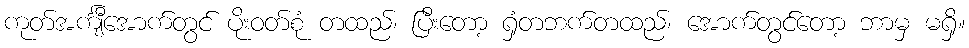
ကုတ်အင်္ကျီအောက်တွင် ပိုးဝတ်စုံ တထည်၊ ပြီးတော့ ရှံတဘက်တထည်၊ အောက်တွင်တော့ ဘာမှ မရှိ။